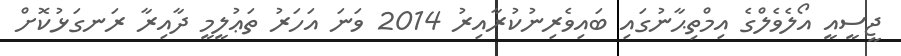
ޖީސީއީ އޯލެވެލްގެ އިމްތިޙާނުގައި ބައިވެރިނުކުރާއިރު 2014 ވަނަ އަހަރު ތަޢުލީމީ ދާއިރާ ރަނގަޅުކޮށް